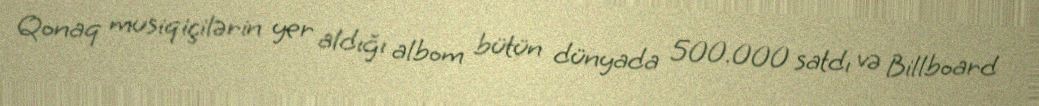
Qonaq musiqiçilərin yer aldığı albom bütün dünyada 500.000 satdı və Billboard